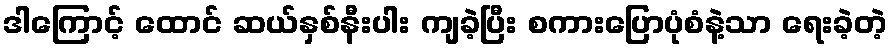
ဒါကြောင့် ထောင် ဆယ်နှစ်နီးပါး ကျခဲ့ပြီး စကားပြောပုံစံနဲ့သာ ရေးခဲ့တဲ့